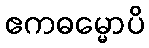
ဧကဓမ္မောပိ